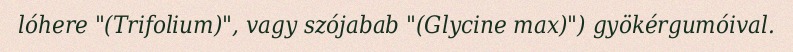
lóhere "(Trifolium)", vagy szójabab "(Glycine max)") gyökérgumóival.